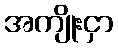
အကျိုးငှာ